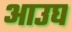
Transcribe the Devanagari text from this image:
आउघ